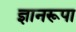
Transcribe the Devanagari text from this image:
ज्ञानरूपा